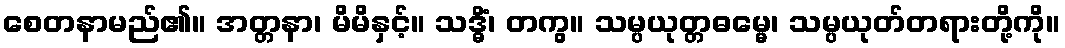
စေတနာမည်၏။ အတ္တနာ၊ မိမိနှင့်။ သဒ္ဓိံ၊ တကွ။ သမ္ပယုတ္တဓမ္မေ၊ သမ္ပယုတ်တရားတို့ကို။